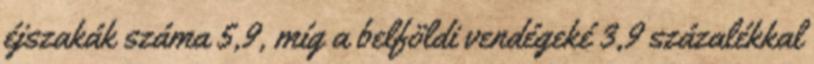
éjszakák száma 5,9, míg a belföldi vendégeké 3,9 százalékkal